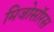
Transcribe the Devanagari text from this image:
मिजोसॉरस